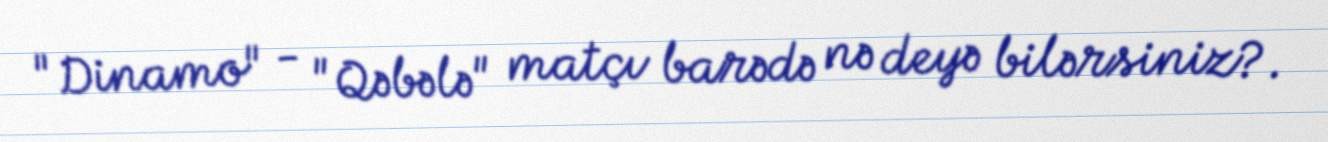
"Dinamo" - "Qəbələ" matçı barədə nə deyə bilərsiniz?.